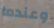
وعندما